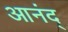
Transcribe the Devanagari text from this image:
आनंद्